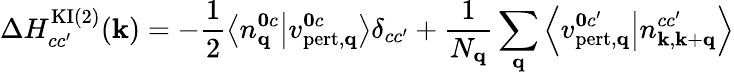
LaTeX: \Delta H_{cc^{\prime}}^{\mathrm{KI}(2)}(\mathbf{k})=-\frac{1}{2}\left\langle n_{\mathbf{q}}^{\mathbf{0}c}\middle|v_{\mathrm{pert,\mathbf{q}}}^{\mathbf{0}c}\right\rangle\delta_{cc^{\prime}}+\frac{1}{N_{\mathbf{q}}}\sum_{\mathbf{q}}\left\langle v_{\mathrm{pert},\mathbf{q}}^{\mathbf{0}c^{\prime}}\middle|n_{\mathbf{k},\mathbf{k}+\mathbf{q}}^{cc^{\prime}}\right\rangle